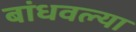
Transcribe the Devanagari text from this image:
बांधवल्या